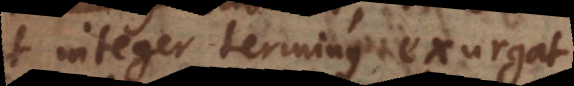
ut integer terminus exurgat.